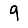
Digit: 9